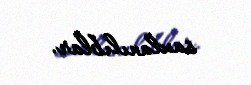
saxlanılıblar.